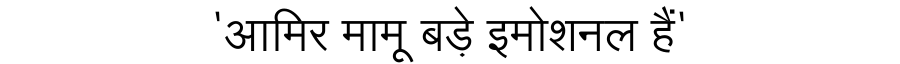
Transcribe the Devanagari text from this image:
'आमिर मामू बड़े इमोशनल हैं'